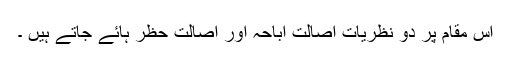
اس مقام پر دو نظریات اصالت اباحہ اور اصالت حَظْر ہائے جاتے ہیں ۔